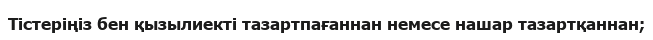
Тістеріңіз бен қызылиекті тазартпағаннан немесе нашар тазартқаннан;